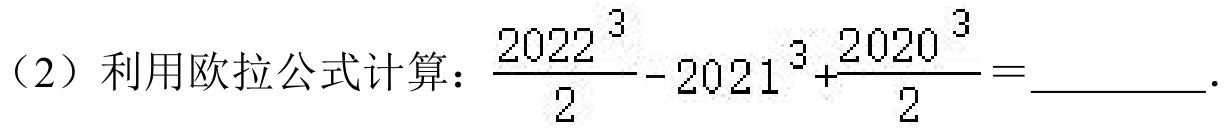
（2）利用欧拉公式计算：\(\frac{2022^{3}}{2}-2021^{3}+\frac{2020^{3}}{2}=\)  ．